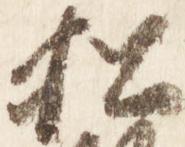
松